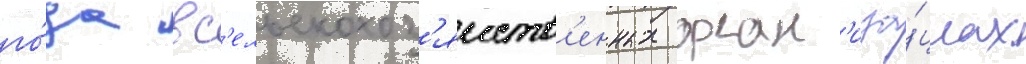
го́да в с'ельскохоз'яиств'енных орган'иза́циах